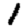
Digit: 1